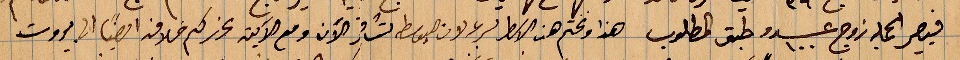
فيصير الجملة ززوج عدد ١٠٠ وطبق المطلوب وهذا ونختم هذه الاسطر بصرعة لان ... تسافر الآن مع الابنة نحرركم خلافًأ ايضًا الى بيروت